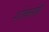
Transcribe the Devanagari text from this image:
शोकमोहौ